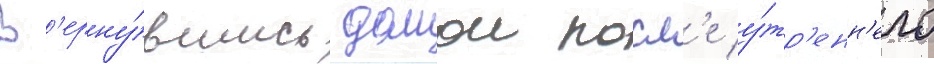
В'ерну́вшись домои посл'е у́тр'енн'его